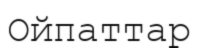
Ойпаттар